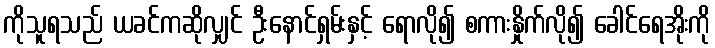
ကိုသူရသည် ယခင်ကဆိုလျှင် ဦးနောင်ရှမ်းနှင့် ရောလို၍ စကားနှိုက်လို၍ ခေါင်ရေအိုးကို